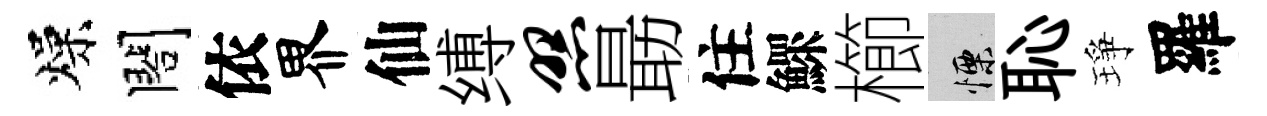
燥閤依界仙缚照朂住鰥櫛慄恥琤羅